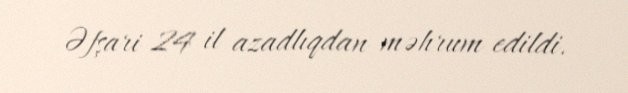
Əfşari 24 il azadlıqdan məhrum edildi.